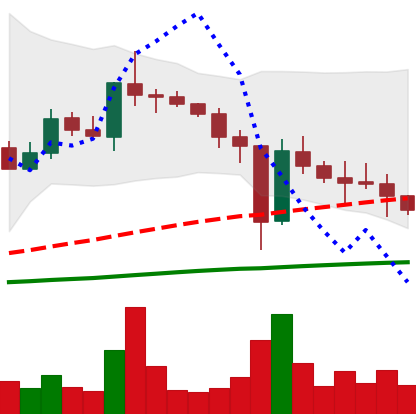
Ticker: XLM-USD
Chart end date: 2020-12-30
Forward return: 25.219%
Label: up_7plus